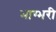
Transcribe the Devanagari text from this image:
भाग्भरी